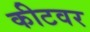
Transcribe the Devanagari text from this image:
कीटवर